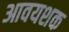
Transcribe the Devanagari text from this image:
आवयशक